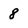
Character: 8